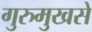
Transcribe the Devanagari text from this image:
गुरुमुखसे